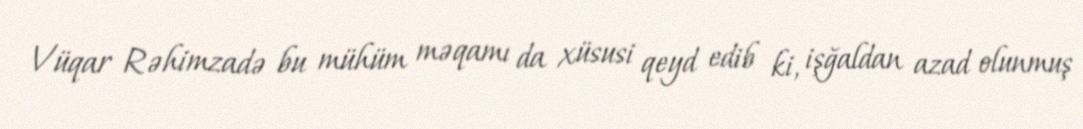
Vüqar Rəhimzadə bu mühüm məqamı da xüsusi qeyd edib ki, işğaldan azad olunmuş